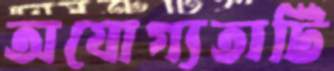
অযোগ্যতাটি